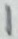
Text: 1